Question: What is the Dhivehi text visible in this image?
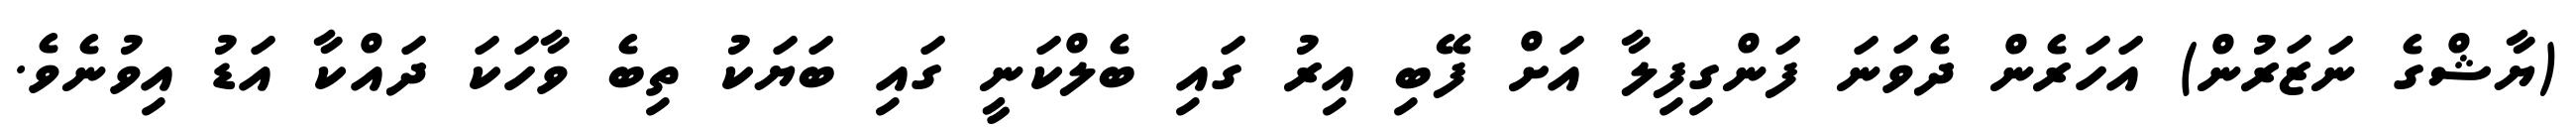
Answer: (ޔާޝްގެ ނަޒަރުން) އަހަރެން ދެވަނަ ފަންގިފިލާ އަށް ފޭބި އިރު ގައި ބެލްކަނީ ގައި ބަޔަކު ތިބެ ވާހަކަ ދައްކާ އަޑު އިވުނެވެ.